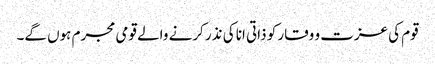
قوم کی عزت و وقار کو ذاتی انا کی نذر کرنے والے قومی مجرم ہوں گے۔